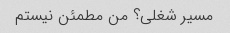
مسیر شغلی؟ من مطمئن نیستم